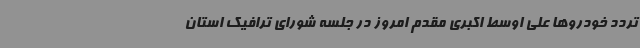
تردد خودروها علی اوسط اکبری مقدم امروز در جلسه شورای ترافیک استان